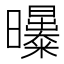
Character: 𣌑